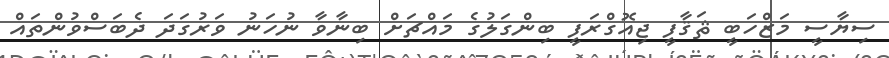
ސިޔާސީ މަޒްހަބީ ޘަޤާފީ ޖިއޮގްރަފީ ބިންގަލުގެ މައްޗަށް ބިނާވާ ނުހަނު ވަރުގަދަ ދެބަސްވުންތައް